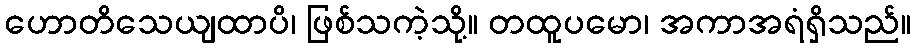
ဟောတိသေယျထာပိ၊ ဖြစ်သကဲ့သို့။ တထူပမော၊ အကာအရံရှိသည်။